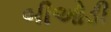
બીઓડી